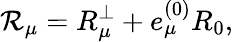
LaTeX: {\cal R}_{\mu}=R_{\mu}^{\perp}+e_{\mu}^{(0)}R_{0},